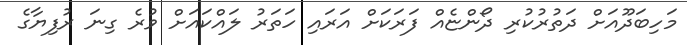
މަހިބަދޫއަށް ދަތުރުކުރި ދޯންޏެއް ފަރަކަށް އަރައި ހަތަރު ލައްކައަށް ވުރެ ގިނަ ރުފިޔާގެ